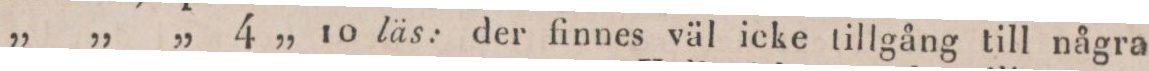
„ „ „ 4 „ 10 läs: der finnes väl icke tillgång till några